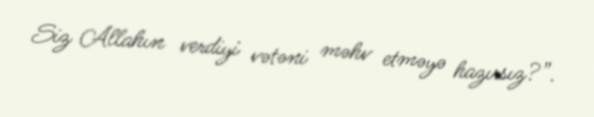
Siz Allahın verdiyi vətəni məhv etməyə hazırsız?”.